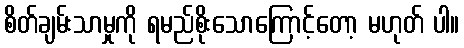
စိတ်ချမ်းသာမှုကို ရမည်စိုးသောကြောင့်တော့ မဟုတ် ပါ။